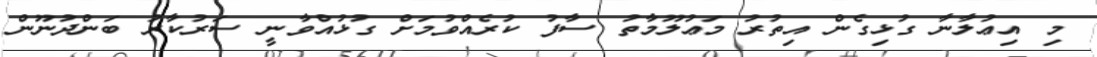
މި އިޢުލާނާ ގުޅިގެން އިތުރު މަޢުލޫމާތު ސާފު ކުރެއްވުމަށް ގުޅުއްވާނީ ސަރުކާރު ބަންދުނޫން